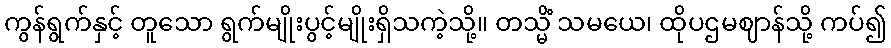
ကွန်ရွက်နှင့် တူသော ရွက်မျိုးပွင့်မျိုးရှိသကဲ့သို့။ တသ္မိံ သမယေ၊ ထိုပဌမဈာန်သို့ ကပ်၍